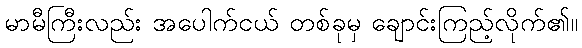
မာမီကြီးလည်း အပေါက်ငယ် တစ်ခုမှ ချောင်းကြည့်လိုက်၏။